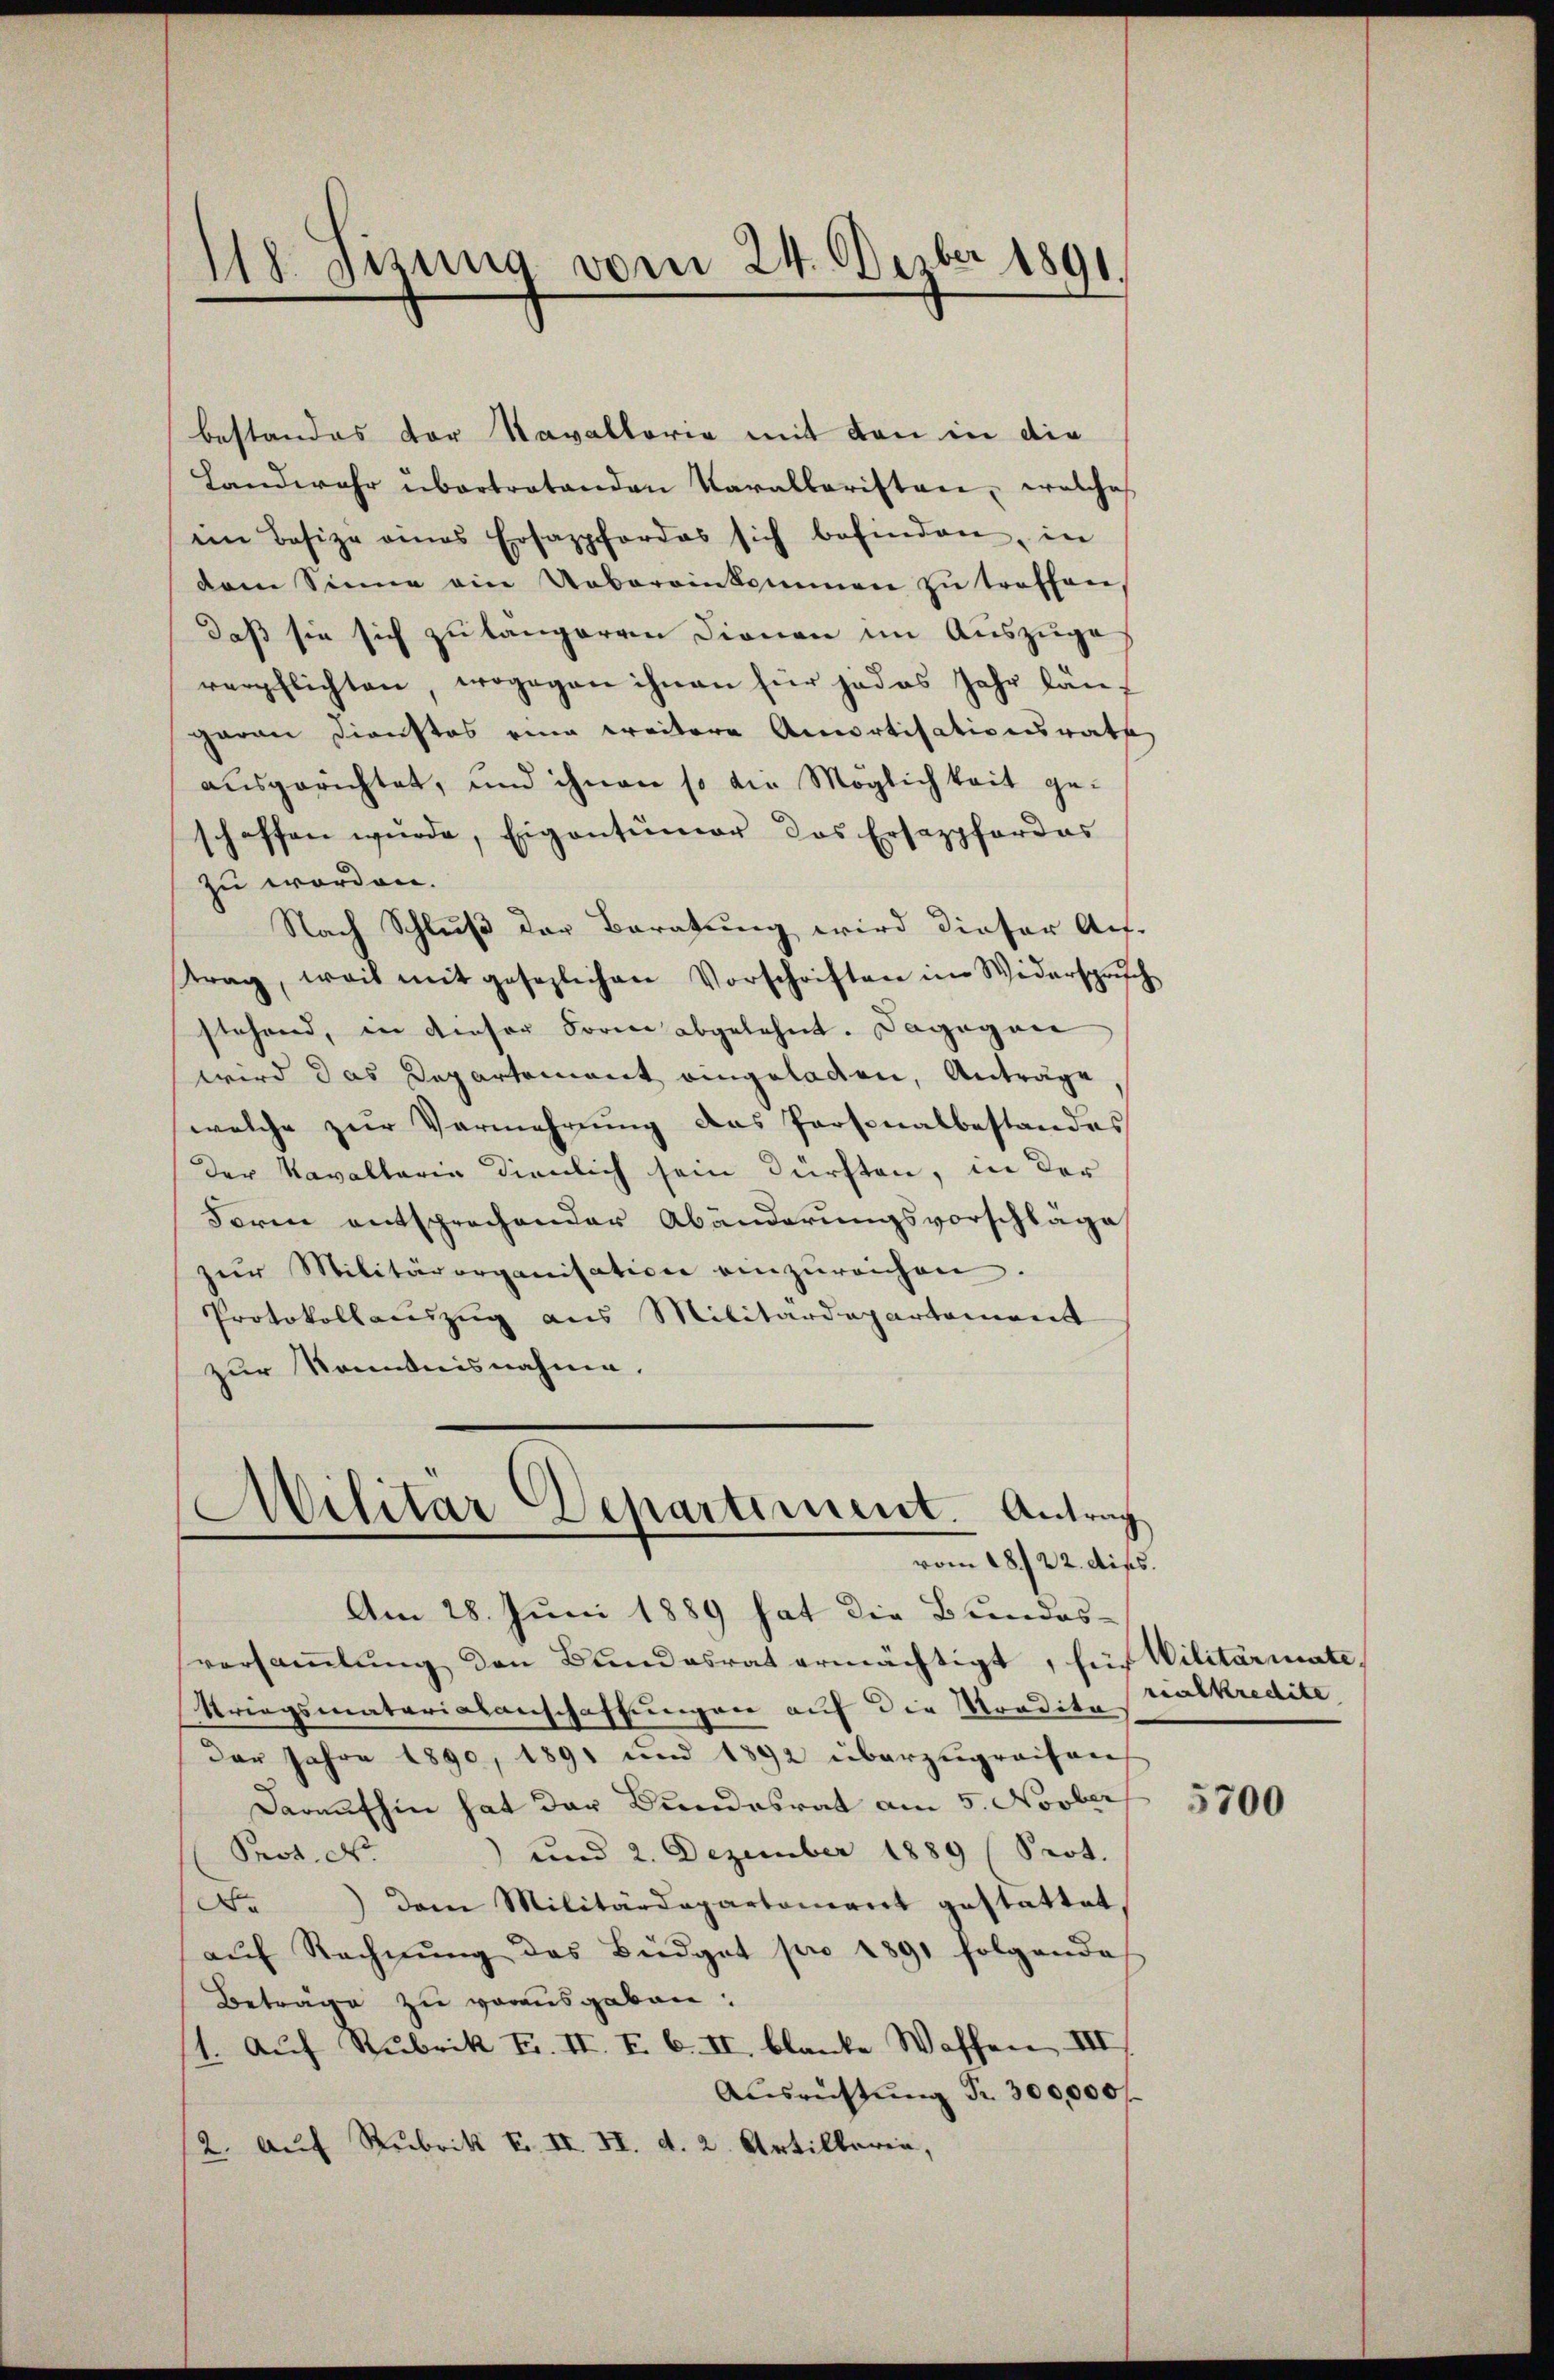
118. Jezung vom 24. Dezber 1891.

bestandes der Navallorie mit den in die
Landwehr übertretenden Karallaristen, welches
ein Besize eines Ersappfordes sich befinden, in
dem Sinne ein Uebereinkommen zŭ treffen,
daß sie sich zu längeren Dionen im Auszüge,
verpflichten, wogegen ihnen für jedes Jahr län-
garan Dienstes eine weitere Amortisationsrath
ausgerichtet, und ihnen so die Möglichkeit geschaffen wurde, Eigentumor des Ersazpfordes
zu worden.
Nach Schluß der Beratung wird dieser Auf-
trag, weil mit gesezlichen Vorschriften in Widersprich
stehend, in dieser Form abgelehnt. Dagegen
wird das Departement eingeladen, Anträge
welche zŭr Vermehrung das Personalbestandes
Der Kavallaria dienlich sein dürften, in der
Form entsprechender Abänderungsvorschläge
zŭr Militärorganisation einzŭreichen.
Protokollauszug aus Militärdepartement
zur Kenntnisnahme.
Militär Departiment. Antrag
vom 18. 22. Diss.
Am 28. Juni 1889 hat die Bundes-
versaṁlŭng den Bundesrat ermächtigt, für Militariate¬
Kriegsmaterialanschaffungen auf die Mordita
Der Jahre 1890, 1891 und 1892 überzugreifen
Daraufhin hat der Bundesrat am 5. Novber
) und 2. Dezember 1889 (Seot.
Prot. N.
Do
Dem Militärdepartonient gestattet,
aŭf Rechnŭng des Büdget pro 1891 folgende
Beträge zu vorausgaben.
/1. Auf Rubrik F. II. I. 6. II, blanke Waffen III.
Ausrüstung Fr. 300,000 f.
2. Auf Rubrik F. II. II. d. 2. Artillerin,

realkredite

5700